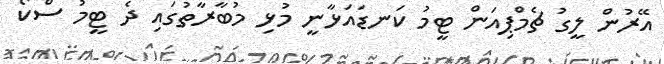
އޭރުން ލީގު ޗެމްޕިއަން ޓީމު ކަނޑައަޅާނީ މުޅި މުބާރާތުގައި ދެ ޓީމު ސްކޯ